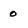
Character: 0